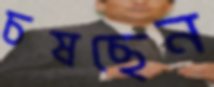
চষছেন